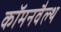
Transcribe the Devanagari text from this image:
कॉमनवैल्‍थ